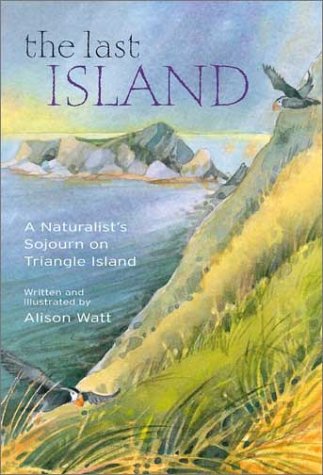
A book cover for The Last Island: A Naturalist's Sojourn on Triangle Island; Alison Watt; Travel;